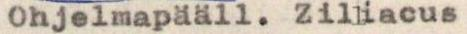
Ohjelmapääll. Zilliacus